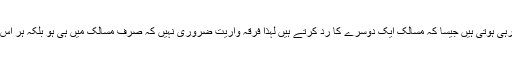
بعض تحریکیں دوسری تحریکوں کا اسی طرح رد کررہی ہوتی ہیں جیسا کہ مسالک ایک دوسرے کا رد کرتے ہیں لہٰذا فرقہ واریت ضروری نہیں کہ صرف مسالک میں ہی ہو بلکہ ہر اس جگہ ہوسکتی ہے کہ جہاں غلو اور تعصب موجود ہو۔